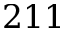
2 1 1